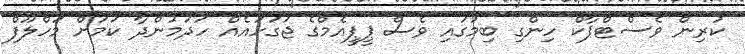
ކުރިން ވެސްޓްޕާކް ހިންގި ބިމުގައި ވެސް ޕީޕީއެމްގެ ޖަގަހައެއް ހަދަމުންދާ ކަމަށް މަހްލޫފް